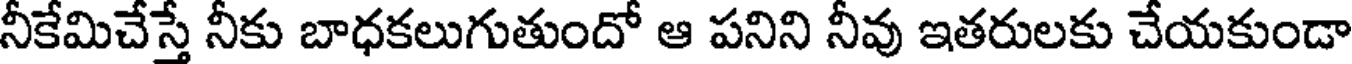
నీకేమిచేస్తే నీకు బాధకలుగుతుందో ఆ పనిని నీవు ఇతరులకు చేయకుండా